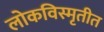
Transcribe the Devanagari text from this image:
लोकविस्मृतीत